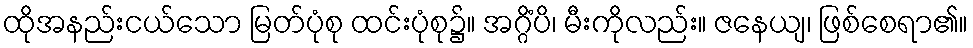
ထိုအနည်းငယ်သော မြတ်ပုံစု ထင်းပုံစု၌။ အဂ္ဂိံပိ၊ မီးကိုလည်း။ ဇနေယျ၊ ဖြစ်စေရာ၏။